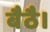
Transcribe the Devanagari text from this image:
बैठै।